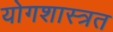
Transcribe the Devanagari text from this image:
योगशास्त्रत